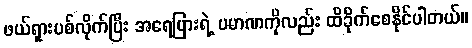
ဖယ်ရှားပစ်လိုက်ပြီး အရေပြားရဲ့ ပမာဏကိုလည်း ထိခိုက်စေနိုင်ပါတယ်။